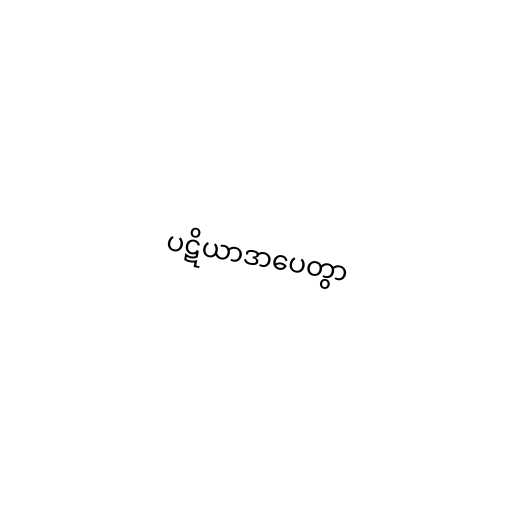
ပဋိယာဒာပေတွာ